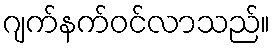
ဂျက်နက်ဝင်လာသည်။